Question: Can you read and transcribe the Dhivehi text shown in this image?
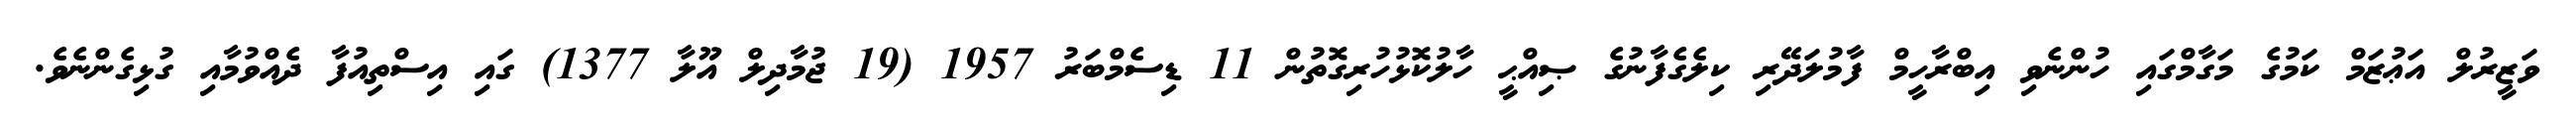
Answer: ވަޒީރުލް އަޢުޒަމް ކަމުގެ މަގާމްގައި ހުންނެވި އިބްރާހީމް ފާމުލަދޭރި ކިލެގެފާނުގެ ޞިއްޙީ ހާލުކޮޅުހުރިގޮތުން 11 ޑިސެމްބަރު 1957 (19 ޖުމާދިލް އޫލާ 1377) ގައި އިސްތިއުފާ ދެއްވުމާއި ގުޅިގެންނެވެ.